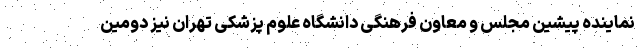
نماینده پیشین مجلس و معاون فرهنگی دانشگاه علوم پزشکی تهران نیز دومین